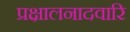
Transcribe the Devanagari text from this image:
प्रक्षालनादवारि